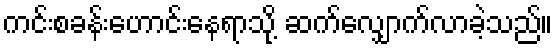
ကင်းစခန်းဟောင်းနေရာသို့ ဆက်လျှောက်လာခဲ့သည်။